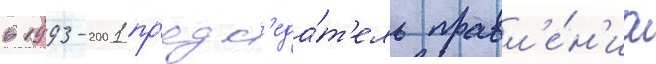
в 1993-2001 пр'едс'еда́т'ель правл'е́н'иа